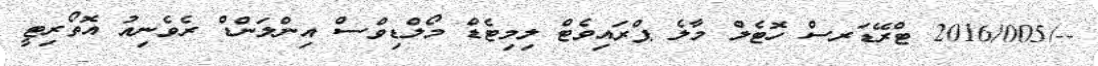
--/2016/005 ޓްރޭޑަރސް ހޮޓެލް މާލެ ޕްރައިވެޓް ލިމިޓެޑް މޯލްޑިވްސް އިންލަންޑް ރެވެނިއު އޮތޯރިޓީ